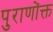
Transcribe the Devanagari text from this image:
पुराणोंक्त